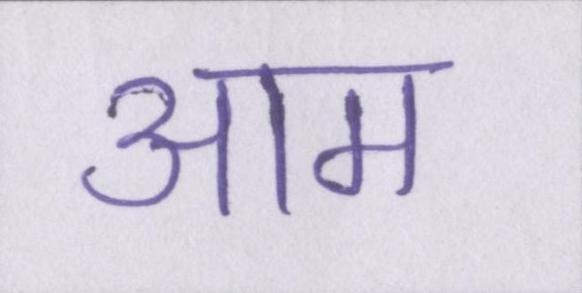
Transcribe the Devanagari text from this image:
आम